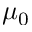
\mu _ { 0 }